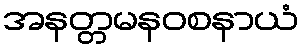
အနတ္တမနဝစနာယံ